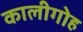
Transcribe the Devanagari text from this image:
कालीगोह